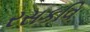
રસકવિ